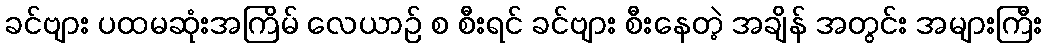
ခင်ဗျား ပထမဆုံးအကြိမ် လေယာဉ် စ စီးရင် ခင်ဗျား စီးနေတဲ့ အချိန် အတွင်း အများကြီး